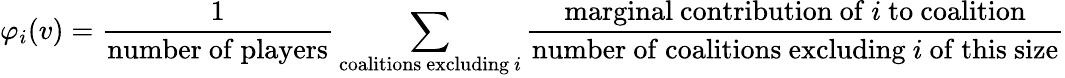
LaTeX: \varphi_{i}(v)={\frac{1}{\mathrm{number~of~players}}}\sum_{{\mathrm{coalitions~excluding~}}i}{\frac{{\mathrm{marginal~contribution~of~}}i{\mathrm{~to~coalition}}}{{\mathrm{number~of~coalitions~excluding~}}i{\mathrm{~of~this~size}}}}